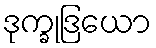
ဒုက္ခုဒြယော